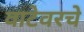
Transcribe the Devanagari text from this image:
वाटेवरचे